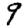
Digit: 9